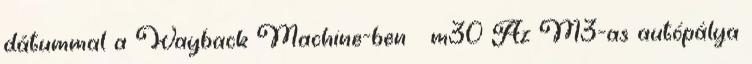
dátummal a Wayback Machine-ben ↑ m30 Az M3-as autópálya